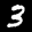
Label: 3